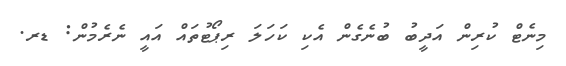
މިނެޓް ކުރިން އަދީބު ބުނެގެން އެކި ކަހަލަ ރިޕޯޓުތައް އައީ ނެރެމުން: ޑރ.